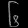
Digit: ၆